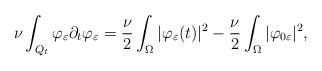
LaTeX: \begin{align*} \nu \int_{Q_t} \varphi_{\varepsilon} \partial_t \varphi_{\varepsilon} = \frac{\nu}{2} \int_{\Omega} |\varphi_{\varepsilon} (t)|^2 - \frac{\nu}{2} \int_{\Omega} |\varphi_{0\varepsilon}|^2,\end{align*}